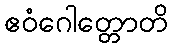
ဧဝံဂေါတ္တောတိ